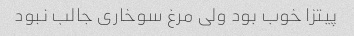
پیتزا خوب بود ولی مرغ سوخاری جالب نبود